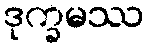
ဒုက္ခမဿ